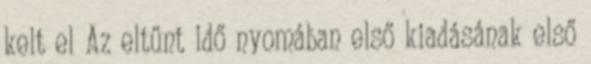
kelt el Az eltűnt idő nyomában első kiadásának első